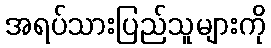
အရပ်သားပြည်သူများကို